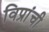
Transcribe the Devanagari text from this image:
विप्रांची